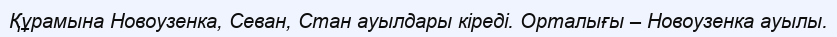
Құрамына Новоузенка, Севан, Стан ауылдары кіреді. Орталығы – Новоузенка ауылы.